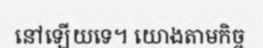
នៅឡើយទេ។ យោងតាមកិច្ច